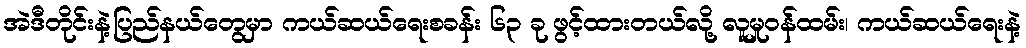
အဲဒီတိုင်းနဲ့ပြည်နယ်တွေမှာ ကယ်ဆယ်ရေးစခန်း ၆၃ ခု ဖွင့်ထားတယ်လို့ လူမှုဝန်ထမ်း၊ ကယ်ဆယ်ရေးနဲ့